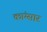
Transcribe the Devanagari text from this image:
कांग्सार